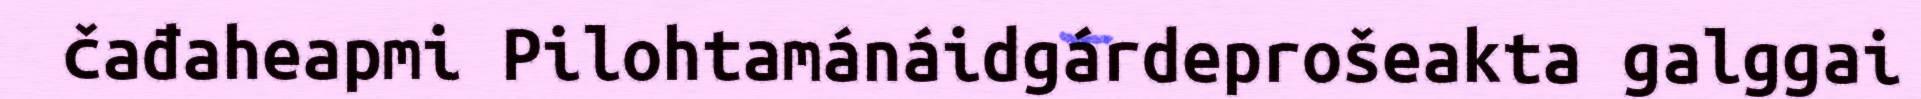
čađaheapmi Pilohtamánáidgárdeprošeakta galggai